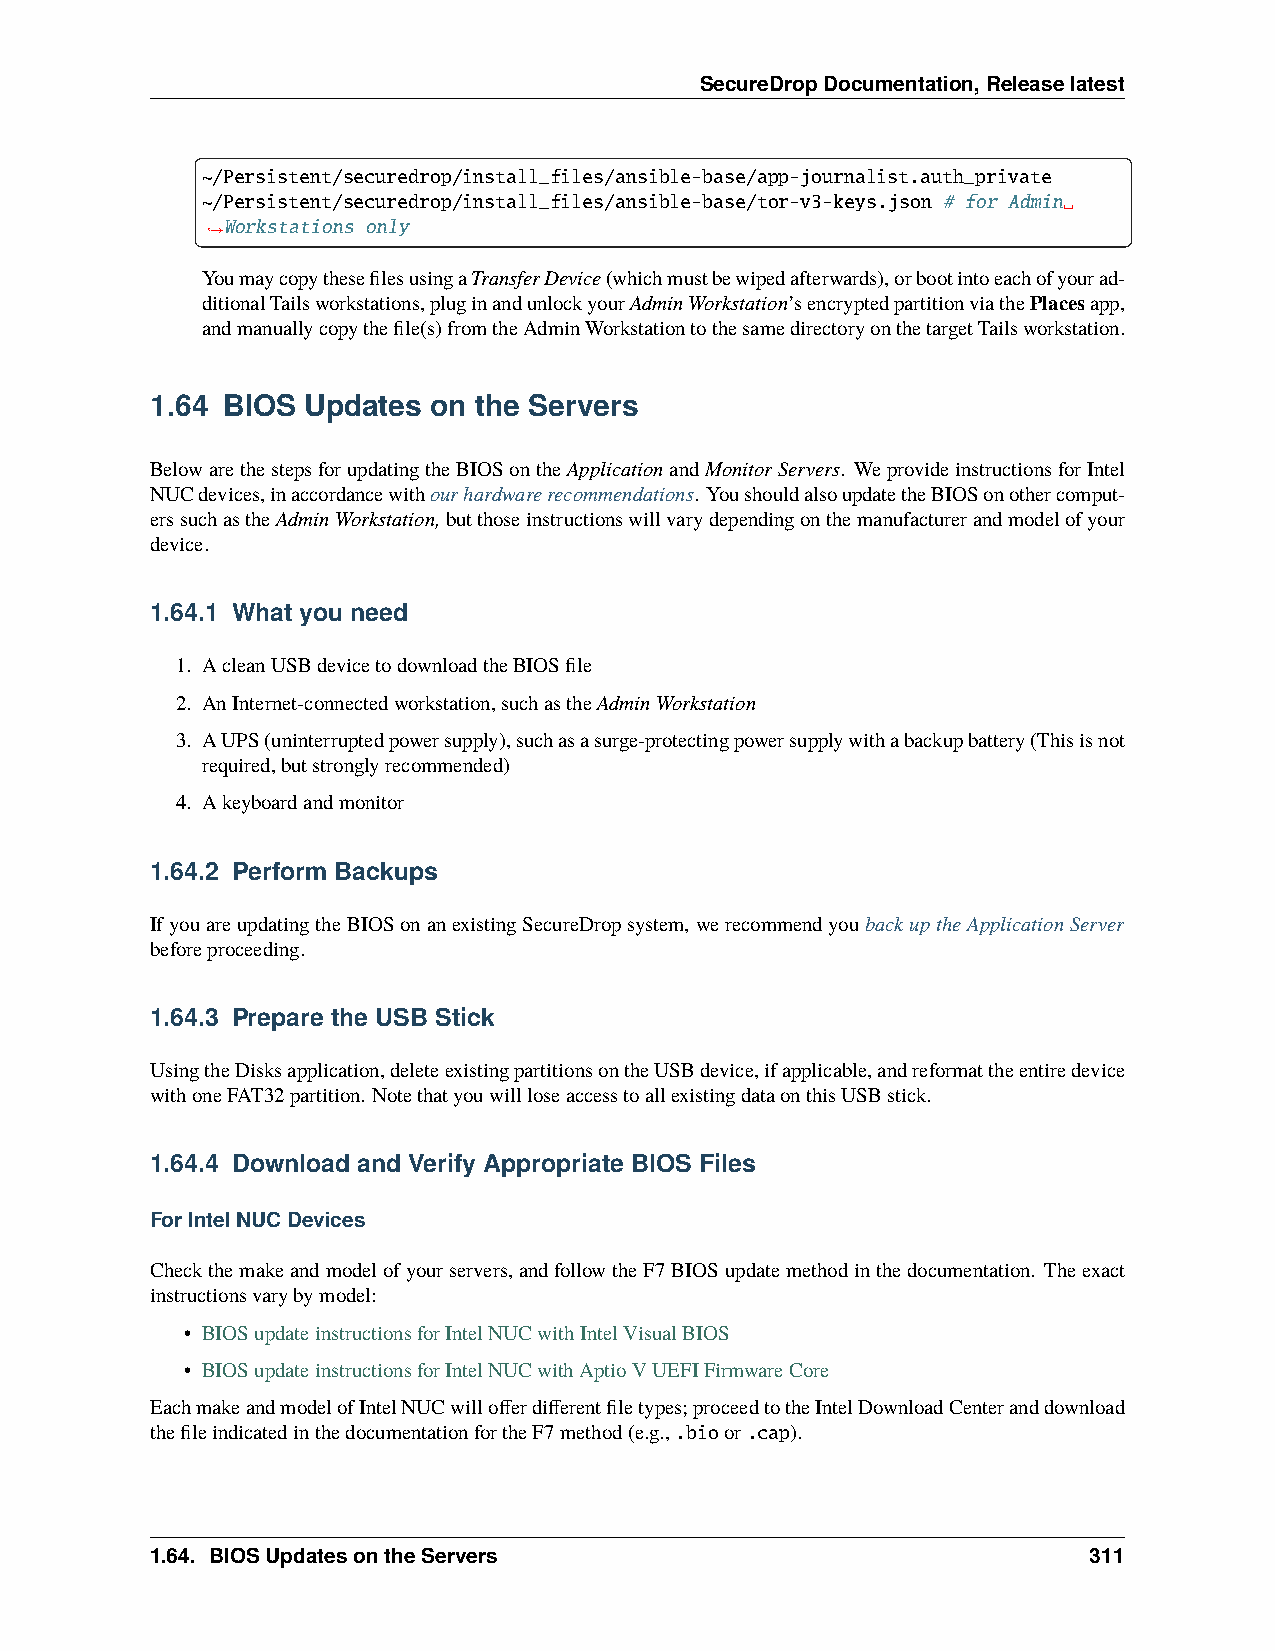
SecureDropDocumentation,Releaselatest
 ~/Persistent/securedrop/install_files/ansible-base/app-journalist.auth_private
 ~/Persistent/securedrop/install_files/ansible-base/tor-v3-keys.json # for Admin␣
 Workstations only
 ˓→
 YoumaycopythesefilesusingaTransferDevice(whichmustbewipedafterwards),orbootintoeachofyourad-
 ditionalTailsworkstations,pluginandunlockyourAdminWorkstation’sencryptedpartitionviathePlacesapp,
 andmanuallycopythefile(s)fromtheAdminWorkstationtothesamedirectoryonthetargetTailsworkstation.
 1.64 BIOS Updates  on the Servers
 BelowarethestepsforupdatingtheBIOSontheApplicationandMonitorServers. WeprovideinstructionsforIntel
 NUCdevices,inaccordancewithourhardwarerecommendations. YoushouldalsoupdatetheBIOSonothercomput-
 erssuchastheAdminWorkstation,butthoseinstructionswillvarydependingonthemanufacturerandmodelofyour
 device.
 1.64.1 What you need
 1. AcleanUSBdevicetodownloadtheBIOSfile
 2. AnInternet-connectedworkstation,suchastheAdminWorkstation
 3. AUPS(uninterruptedpowersupply),suchasasurge-protectingpowersupplywithabackupbattery(Thisisnot
 required,butstronglyrecommended)
 4. Akeyboardandmonitor
 1.64.2 Perform Backups
 IfyouareupdatingtheBIOSonanexistingSecureDropsystem,werecommendyoubackuptheApplicationServer
 beforeproceeding.
 1.64.3 Prepare the USB Stick
 UsingtheDisksapplication,deleteexistingpartitionsontheUSBdevice,ifapplicable,andreformattheentiredevice
 withoneFAT32partition. NotethatyouwillloseaccesstoallexistingdataonthisUSBstick.
 1.64.4 Download and Verify Appropriate BIOS Files
 ForIntelNUCDevices
 Checkthemakeandmodelofyourservers,andfollowtheF7BIOSupdatemethodinthedocumentation. Theexact
 instructionsvarybymodel:
 • BIOSupdateinstructionsforIntelNUCwithIntelVisualBIOS
 • BIOSupdateinstructionsforIntelNUCwithAptioVUEFIFirmwareCore
 EachmakeandmodelofIntelNUCwillofferdifferentfiletypes;proceedtotheIntelDownloadCenteranddownload
 thefileindicatedinthedocumentationfortheF7method(e.g.,.bioor.cap).
 1.64. BIOSUpdatesontheServers                                 311